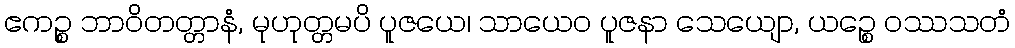
ဧကဉ္စ ဘာဝိတတ္တာနံ, မုဟုတ္တမပိ ပူဇယေ၊ သာယေဝ ပူဇနာ သေယျော, ယဉ္စေ ဝဿသတံ